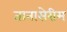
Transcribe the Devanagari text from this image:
तानासेरीम